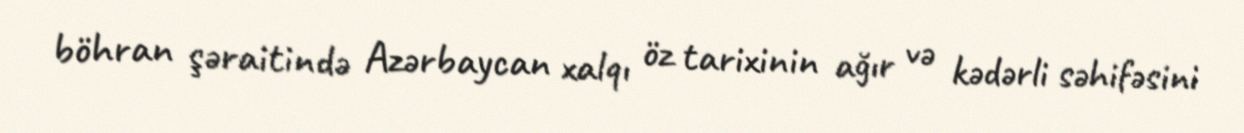
böhran şəraitində Azərbaycan xalqı öz tarixinin ağır və kədərli səhifəsini